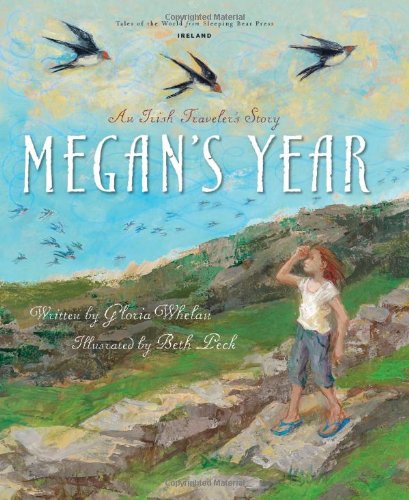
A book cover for Megan's Year: An Irish Traveler's Story (Tales of the World); Gloria Whelan; Children's Books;